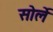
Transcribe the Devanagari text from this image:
सोर्ले